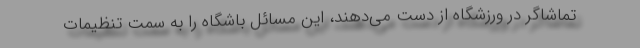
تماشاگر در ورزشگاه از دست می‌دهند، این مسائل باشگاه را به سمت تنظیمات